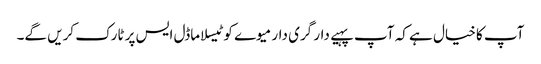
آپ کا خیال ہے کہ آپ پہیے دار گری دار میوے کو ٹیسلا ماڈل ایس پر ٹارک کریں گے۔